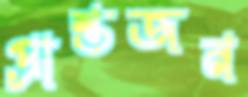
প্রান্তজন